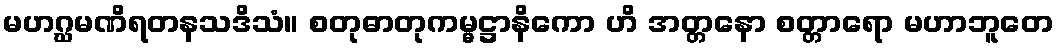
မဟဂ္ဃမဏိရတနသဒိသံ။ စတုဓာတုကမ္မဋ္ဌာနိကော ဟိ အတ္တနော စတ္တာရော မဟာဘူတေ